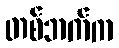
တစ်ဘက်က